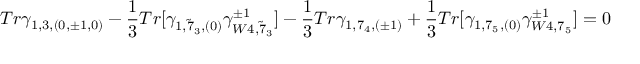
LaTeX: T r \gamma _ { 1 , 3 , ( 0 , \pm 1 , 0 ) } - \frac { 1 } { 3 } T r [ \gamma _ { 1 , { \tilde { 7 } } _ { 3 } , ( 0 ) } \gamma _ { W 4 , { \tilde { 7 } } _ { 3 } } ^ { \pm 1 } ] - \frac { 1 } { 3 } T r \gamma _ { 1 , 7 _ { 4 } , ( \pm 1 ) } + \frac { 1 } { 3 } T r [ \gamma _ { 1 , 7 _ { 5 } , ( 0 ) } \gamma _ { W 4 , 7 _ { 5 } } ^ { \pm 1 } ] = 0